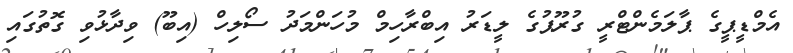
އެމްޑީޕީގެ ޕާލަމެންޓްރީ ގުރޫޕުގެ ލީޑަރު އިބްރާހިމް މުހަންމަދު ސޯލިހް (އިބޫ) ވިދާޅުވި ގޮތުގައި